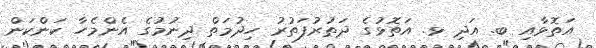
އަތޮޅާއި ބ. އަދި ޅ. އަތޮޅުގެ ދަތުރުފަތުރު ހިދުމަތް ދިނުމުގެ އެންމެހާ ކަންކަން